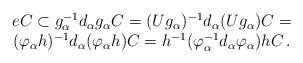
LaTeX: \begin{align*}\begin{array}{c}eC \subset g_{\alpha } ^{-1} d_{\alpha }g_{\alpha } C = (Ug_{\alpha }) ^{-1} d_{\alpha } (Ug_{\alpha }) C = \\(\varphi _{\alpha } h) ^{-1} d_{\alpha } (\varphi _{\alpha } h) C= h^{-1} (\varphi _{\alpha } ^{-1} d_{\alpha } \varphi _{\alpha }) h C\,.\end{array}\end{align*}